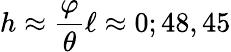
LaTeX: h\approx{\frac{\varphi}{\theta}}\ell\approx 0;48,45